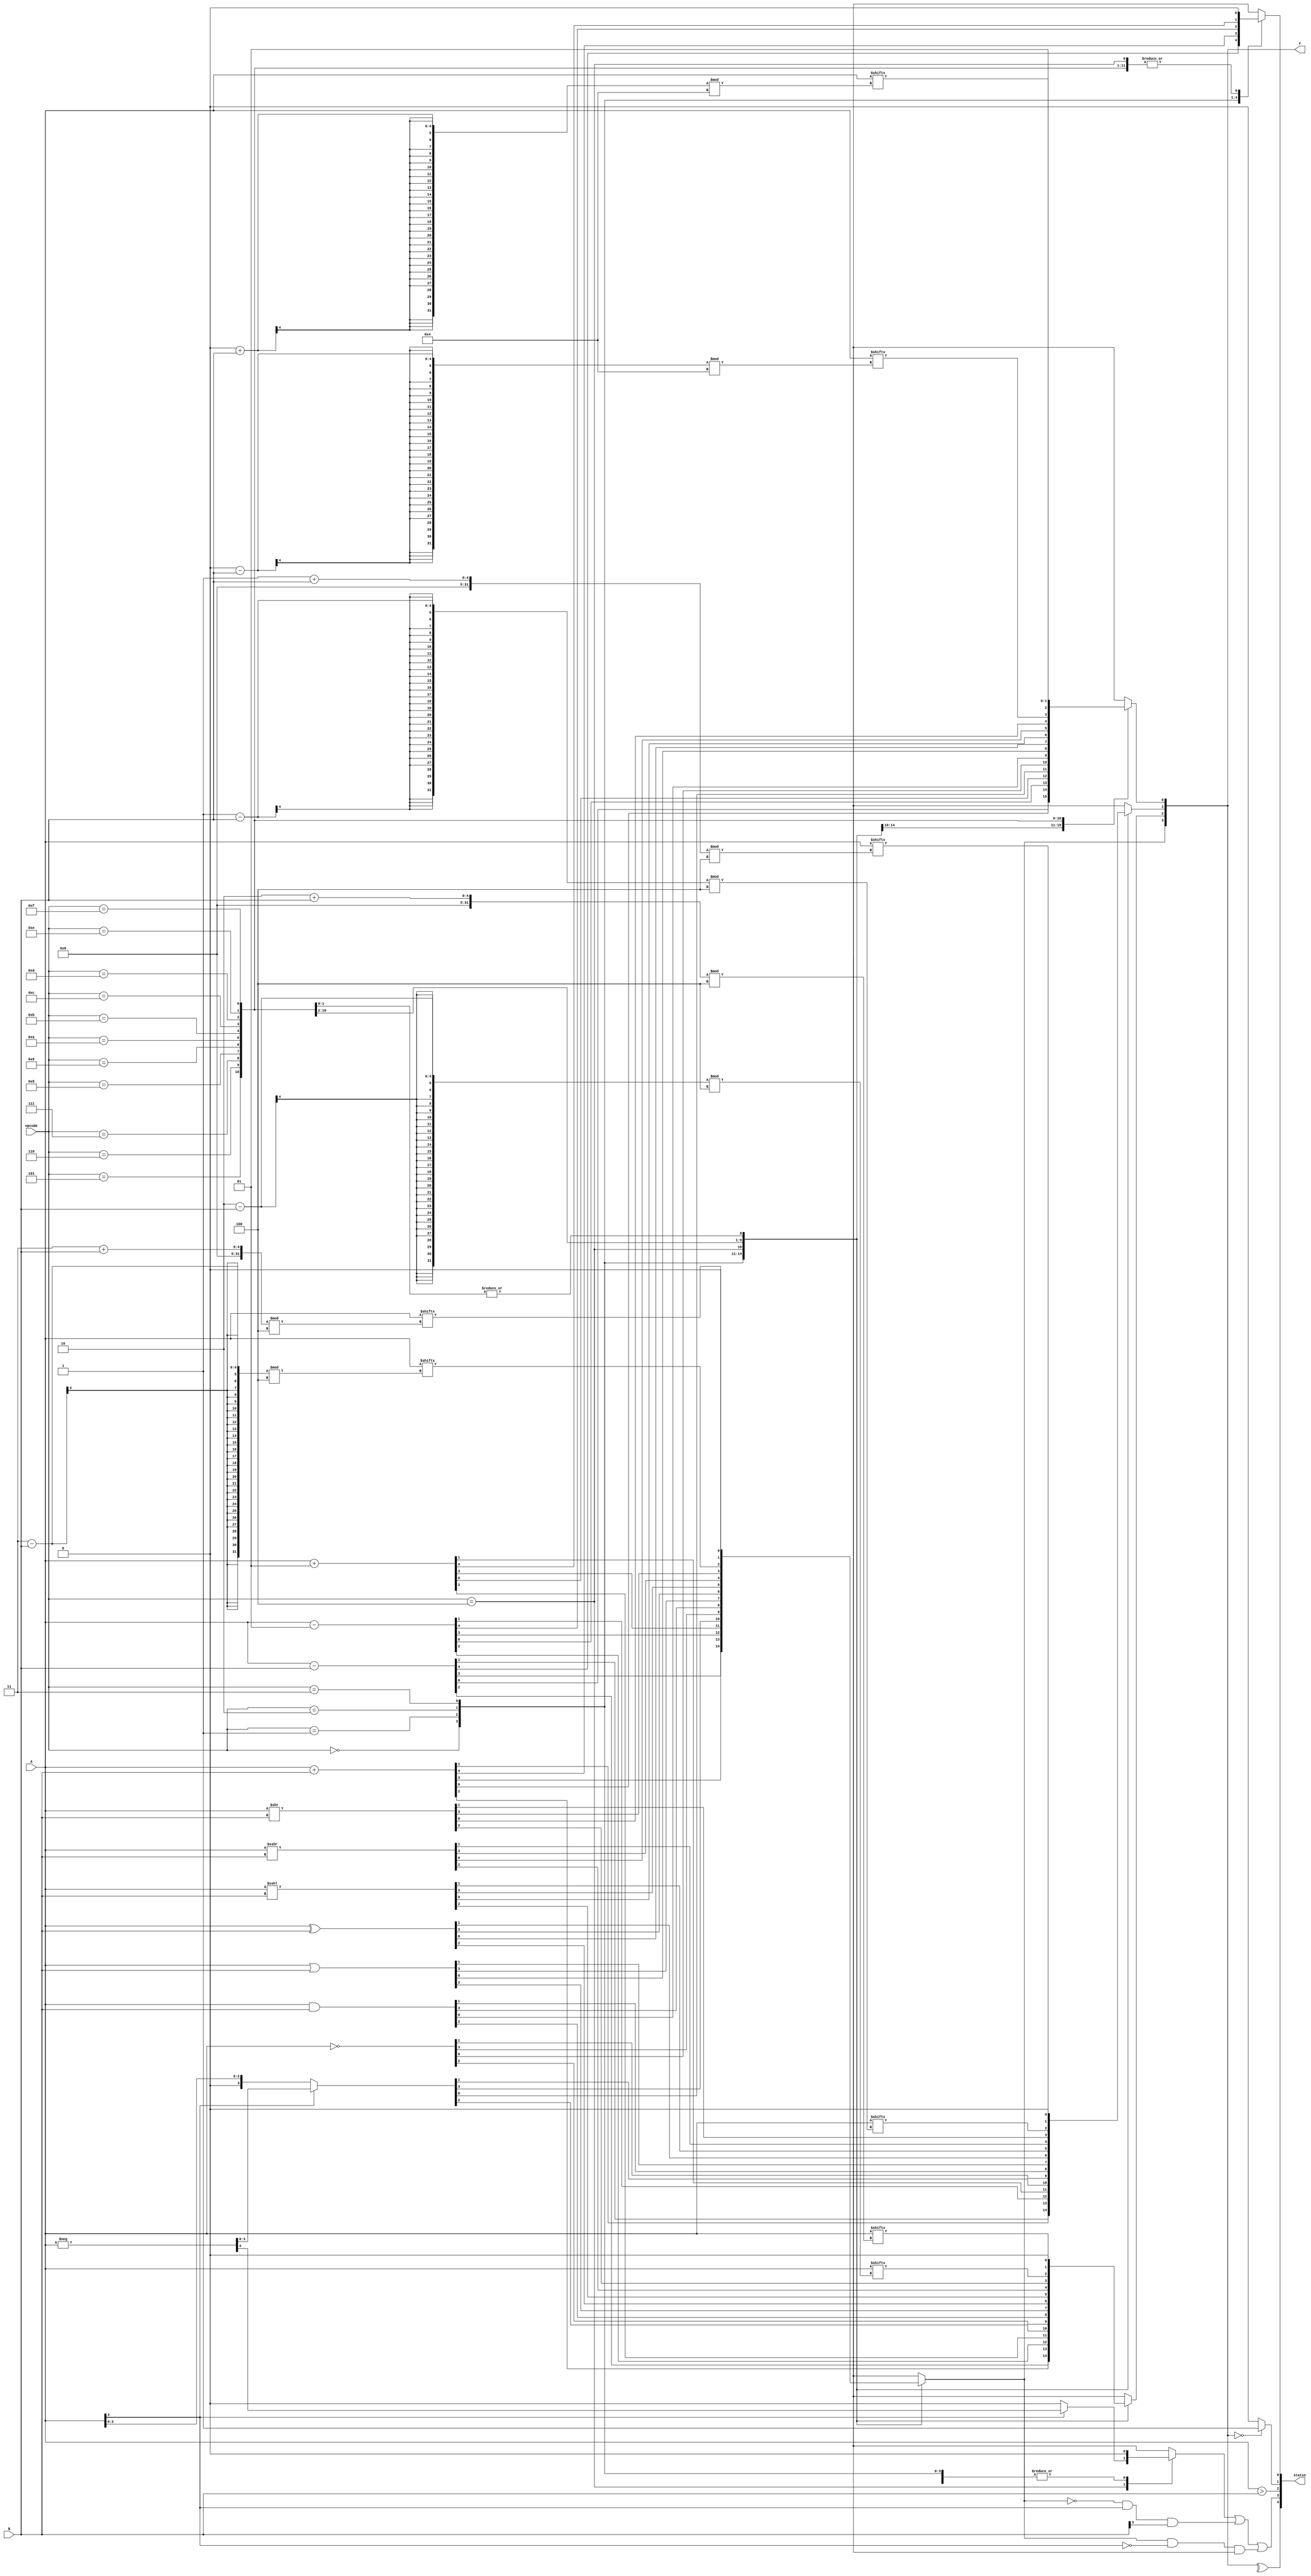
module alu #(
    parameter n=4
) (
    input signed [n-1:0] A,B,
    input [3:0] opcode,
    output reg [n-1:0] Y,
    output reg [4:0] status //{Parity, Overflow, Negative, Zero, Carry-out} 
);

reg abs_overflow ;
reg [$clog2(n):0] i;




always @(A,B,opcode) begin
  Y = 0;  
  abs_overflow = 0;
  status = 0 ;


  case (opcode)
      0: {status[0],Y} = A-B; //A-B
      1: {status[0],Y} = A+B; //A+B
      2: {status[0],Y} = A-1; //A-1
      3: {status[0],Y} = A+1; //A+1
      4: begin    //|A|
          if (A[n-1]) begin
              {abs_overflow,Y} = -A;
              end
              else Y=A;
      end
      5: Y = ~A; //not a
      6: Y = A & B; // A and B
      7: Y = A | B; // A or B
      8: Y = A^B; // A XOR B
      9: Y = A <<< B; // Arithmetic left sift A for B bits
      10: Y = A >>> B; // Arithmetic right sift A for B bits
      11: Y = A >> B;// Right sift A for B bits
      12: for (i=0; i<n; i=i+1) Y[i] = A[(i-B)%n]; // Circular left sift A for B bits
  
      13: for (i=0; i<n; i=i+1) Y[i] = A[(i+B)%n]; // Circular right sift A for B bits
      14: Y= 0; //0
      15: Y= 1; //1
  endcase



  status[4] = ^Y; //parity
  status[3] = abs_overflow |(~Y[n-1]&A[n-1]&B[n-1]) | (Y[n-1]&(~A[n-1])&(~B[-1]));//overflow
  status[2] = A>B;//negative
  status[1] = Y==0?1:0; //zero
end

endmodule